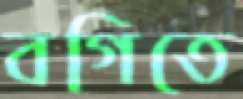
বগিতে